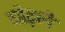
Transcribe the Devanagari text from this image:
घोड़ले